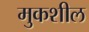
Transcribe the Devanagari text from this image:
मुकशील